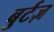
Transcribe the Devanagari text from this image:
बुर्टज़